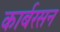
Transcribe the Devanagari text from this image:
कार्बरसन